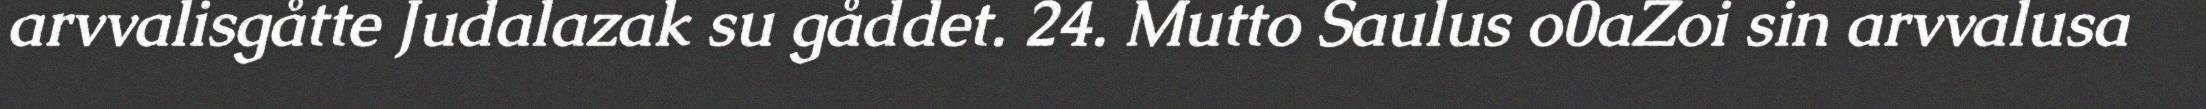
arvvalisgåtte Judalazak su gåddet. 24. Mutto Saulus o0aZoi sin arvvalusa